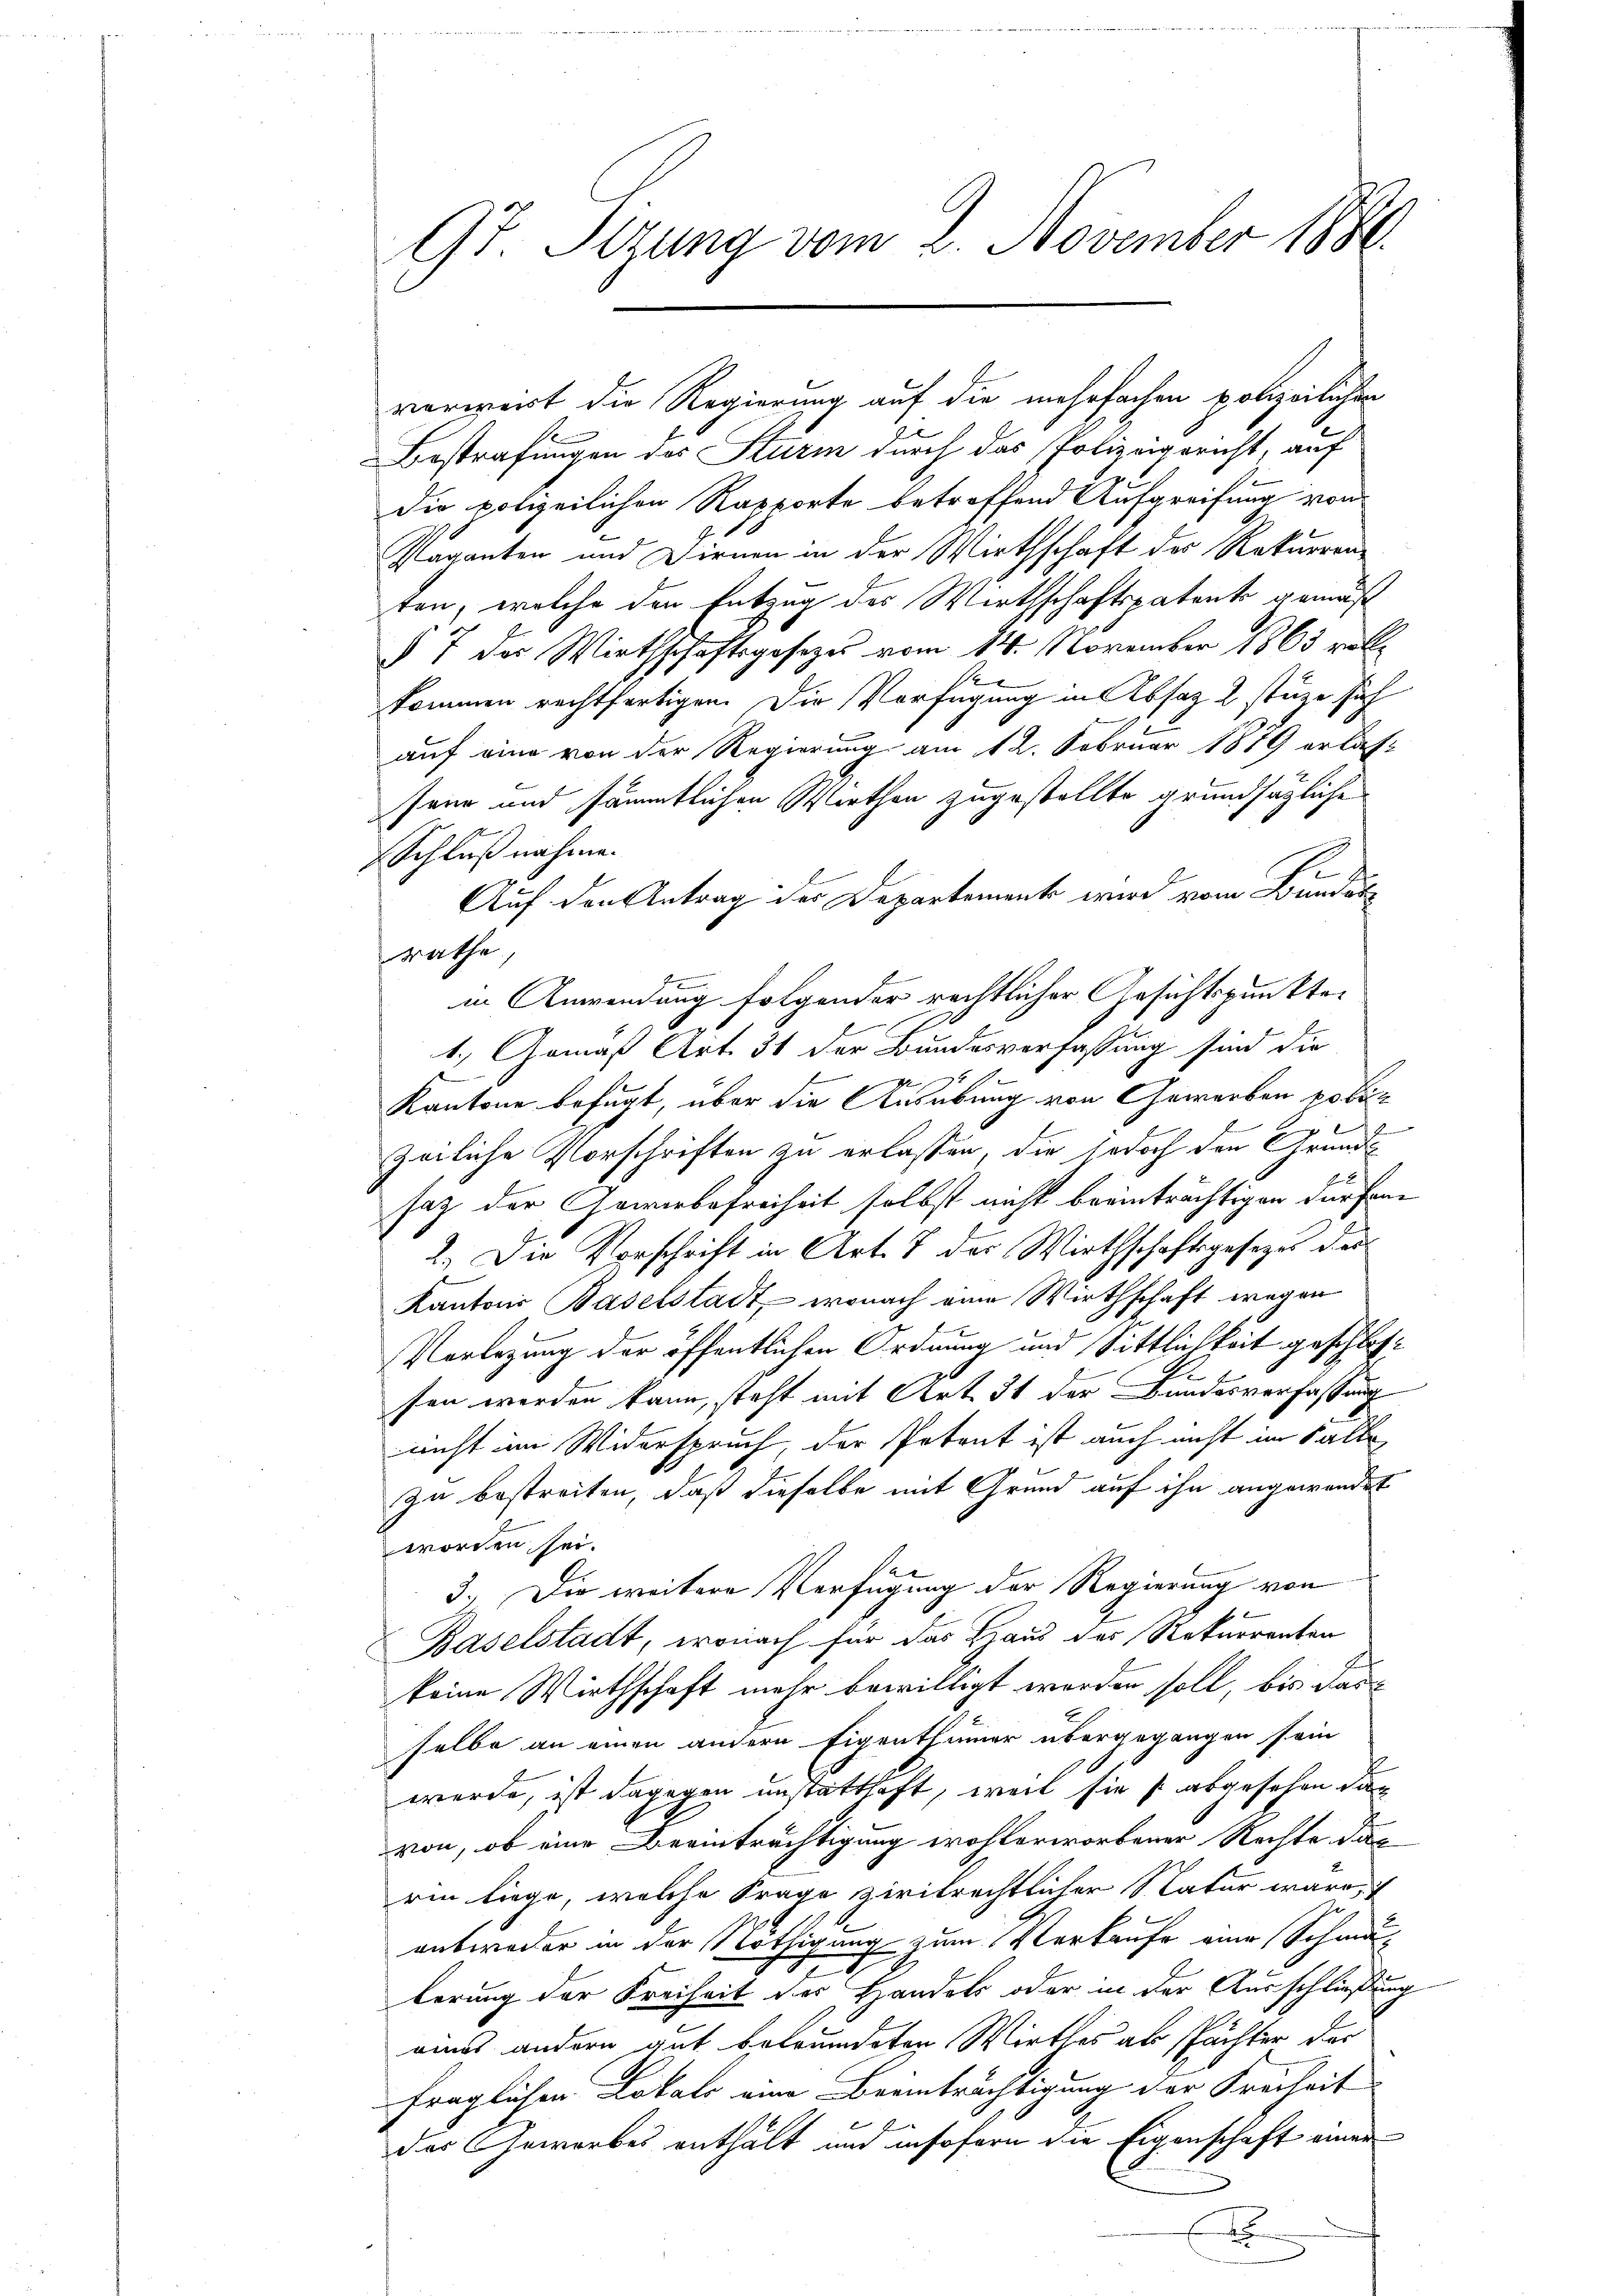
9t. Sizung vom 2. November 1886

verweist die Regierung auf die mehrfachen polizeilichen
Bestrafungen des Sturm durch das Polizeigericht, auf
Die polizeilichen Rapporte betreffend Aufgreifung von
Glaganten und Dirnen in der Wirthschaft des Rekurrenz
ten, welche den Entzug des Wirthschaftspatents gemäß
§ 7 der Wirthschaftsgesetzes vom 14. November 1863 vollkommen rechtfertigen. Die Verfügung in Absatz 2 stütze sich
auf eine von der Regierung am 12. Februar 1879 erlas
senr und sämmtlichen Wirthen zugestellte grundsätzliche
Schlußnahme.
Auf den Antrag des Departement wird vom Bundes-
rathe,
e
in Anwendung folgender rechtlicher Ansichtspunkten
1.) Gemäß Art. 31 der Bundesverfassung sind die
4
f
Kantone befugt, über die Ausübung von Gewerben poliz
2
zeiliche Vorschriften zu erlassen, die jedoch den Grund
2
saz der Gewerbefreiheit selbst nicht beeinträchtigen dürfene
2.) Die Vorschrift in Art. 7 der Wirthschaftsgesetzes der
Kantons Baselstadt, wonach eine Wirthschaft wegen
Vorlegung der öffentlichen Ordnung und Sittlichkeit geschlossen werden kann, steht mit Art. 31 der Bundesverfassung
nicht im Widerspruch, der Petent ist auch nicht im Falle
zu bestreiten, daß dieselbe mit Grund auf ihn angewandet
worden sei.
3. Die weitere Verfügung der Regierung von
Baselstadt, wonach für das Haus des Rekurrenten
keine Wirthschaft mehr bewilligt worden soll, bis darselbe an einen andern Eigenthümer übergegangen sein
wurde, ist dagegen unstatthaft, weil sie s. abgesehen dan
von, ob eine Beeinträchtigung wohlerworbener Rechte das
rin liege, welche Frage zivilrechtlicher Natur wäre,
entweder in der Nöthigung zum Verkaufe eine Schmuberung der Freiheit des Handels oder in der Ausschließung
eines andern gut betründeten Wirthes als spächter der
fraglichen Lokals eine Beeinträchtigung der Freiheit
2
des Gewerbes enthält und insofern die Eigenschaft einer
.